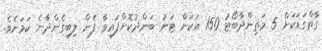
ގާތްގަޑަކަށް 5 މަތިންދާބޯޓު 150 އަކަށް ޓަނު ބަންދުކޮށްފައިވާ ފެން ލިބިގެންދާނެ ކަމަށެވެ.